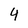
Character: 4